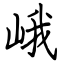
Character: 峨